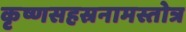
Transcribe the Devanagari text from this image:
कृष्णसहस्रनामस्तोत्र